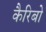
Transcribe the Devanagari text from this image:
कैरिबो